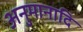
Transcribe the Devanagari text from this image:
अनुमानादि